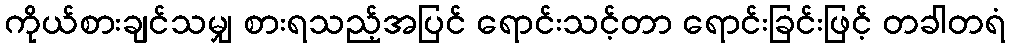
ကိုယ်စားချင်သမျှ စားရသည့်အပြင် ရောင်းသင့်တာ ရောင်းခြင်းဖြင့် တခါတရံ